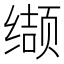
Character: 缬